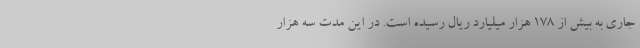
جاری به بیش از 178 هزار میلیارد ریال رسیده است. در این مدت سه هزار